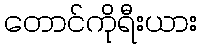
တောင်ကိုရီးယား